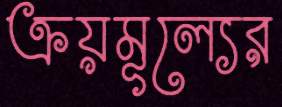
ক্রয়মূল্যের